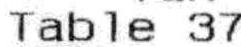
TABLE 37